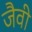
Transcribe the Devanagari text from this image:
जैवी